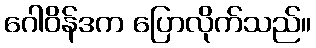
ဂေါဝိန်ဒက ပြောလိုက်သည်။